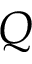
Q